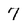
Character: 7